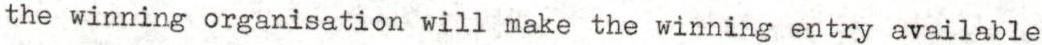
the winning organisation will make the winning entry available